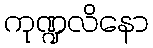
ကုဏ္ဍလိနော